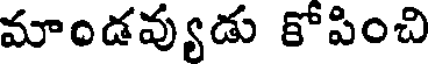
మాండవ్యుడు కోపించి